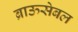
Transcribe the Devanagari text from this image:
ब्राऊसेबल